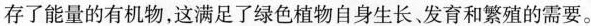
存了能量的有机物，这满足了绿色植物自身生长发育和繁殖的需要。